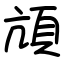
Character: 頏